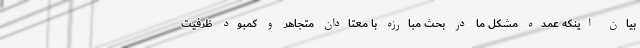
بیان اینکه عمده مشکل ما در بحث مبارزه با معتادان متجاهر و کمبود ظرفیت